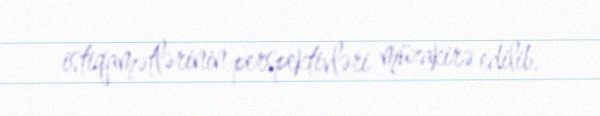
istiqamətlərinin perspektivləri müzakirə edilib.